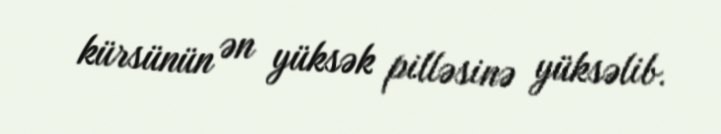
kürsünün ən yüksək pilləsinə yüksəlib.